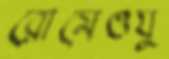
রোমেওযু